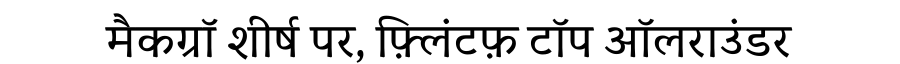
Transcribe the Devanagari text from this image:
मैकग्रॉ शीर्ष पर, फ़्लिंटफ़ टॉप ऑलराउंडर